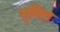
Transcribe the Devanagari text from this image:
भुमित